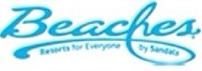
Beaches